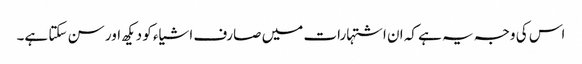
اس کی وجہ یہ ہے کہ ان اشتہارات میں صارف اشیاء کو دیکھ اور سن سکتا ہے۔